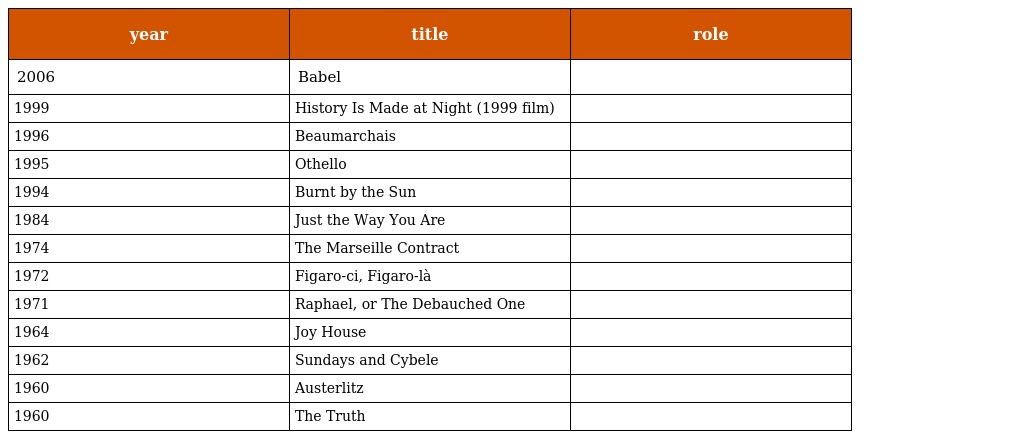
| year | title | role |
 | --- | --- | --- |
 | 2006 | Babel |  |
 | 1999 | History Is Made at Night (1999 film) |  |
 | 1996 | Beaumarchais |  |
 | 1995 | Othello |  |
 | 1994 | Burnt by the Sun |  |
 | 1984 | Just the Way You Are |  |
 | 1974 | The Marseille Contract |  |
 | 1972 | Figaro-ci, Figaro-là |  |
 | 1971 | Raphael, or The Debauched One |  |
 | 1964 | Joy House |  |
 | 1962 | Sundays and Cybele |  |
 | 1960 | Austerlitz |  |
 | 1960 | The Truth |  |